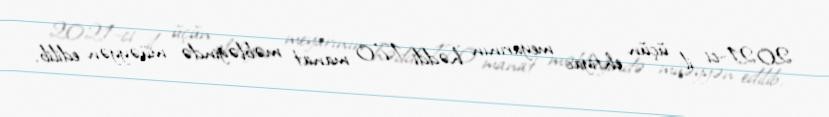
2021-ci il üçün ehtiyac meyarının həddi 170 manat məbləğində müəyyən edilib.